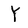
Character: Y